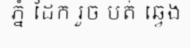
ភ្នំ ដែក រួច បត់ ឆ្វេង